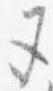
五